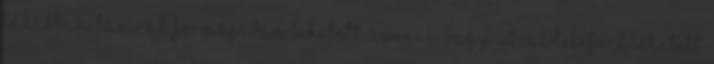
lakásban, távirat formájában lehetett üzenni, vagy utcai telefont lehetett